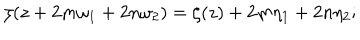
\zeta ( z + 2 m \omega _ { 1 } + 2 n \omega _ { 2 } ) = \zeta ( z ) + 2 m \eta _ { 1 } + 2 n \eta _ { 2 } ;